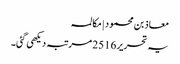
معاذ بن محمود | مکالمہ
یہ تحریر 2516 مرتبہ دیکھی گئی۔